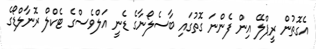
އެގޮތުން ރީޕްލޭ އިން ފެންނަ ގޮތުގައި ބާސެލޯނާގެ ޑެނީ އަލްވެސްގެ ޓެކްލް ރޮނާލްޑޯގެ